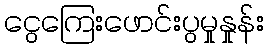
ငွေကြေးဖောင်းပွမှုနှုန်း